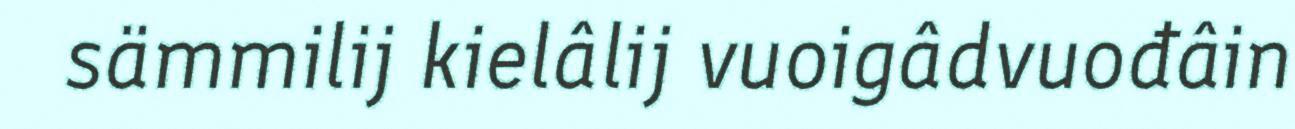
sämmilij kielâlij vuoigâdvuođâin